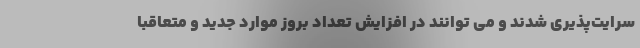
سرایت‌پذیری شدند و می توانند در افزایش تعداد بروز موارد جدید و متعاقبا